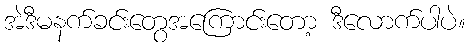
အဲဒီမနက်ခင်းတွေအကြောင်းတော့ ဒီလောက်ပါပဲ။